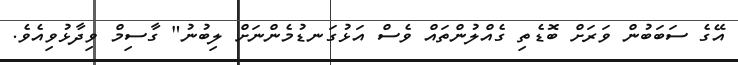
އޭގެ ސަބަބުން ވަރަށް ބޮޑެތި ގެއްލުންތައް ވެސް އަޅުގަނޑުމެންނަށް ލިބުނު" ގާސިމް ވިދާޅުވިއެވެ.